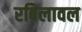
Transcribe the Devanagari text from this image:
रबिलावल